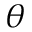
\boldsymbol { \theta }